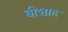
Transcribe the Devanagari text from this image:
बीशाह